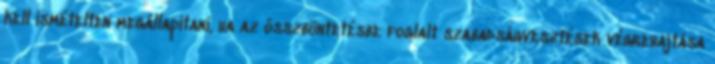
kell ismételten megállapítani, ha az összbüntetésbe foglalt szabadságvesztések végrehajtása